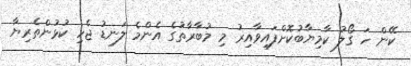
ކޭން ހަ ގޯލު ކާމިޔާބުކޮށްފައިވާއިރު މި މުބާރާތުގެ އެންމެ ލަނޑު ޖެހި ކުޅުންތެރިޔާ